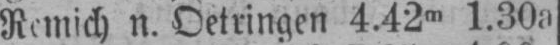
Remich n. Oetringen 4.42m 1.30a